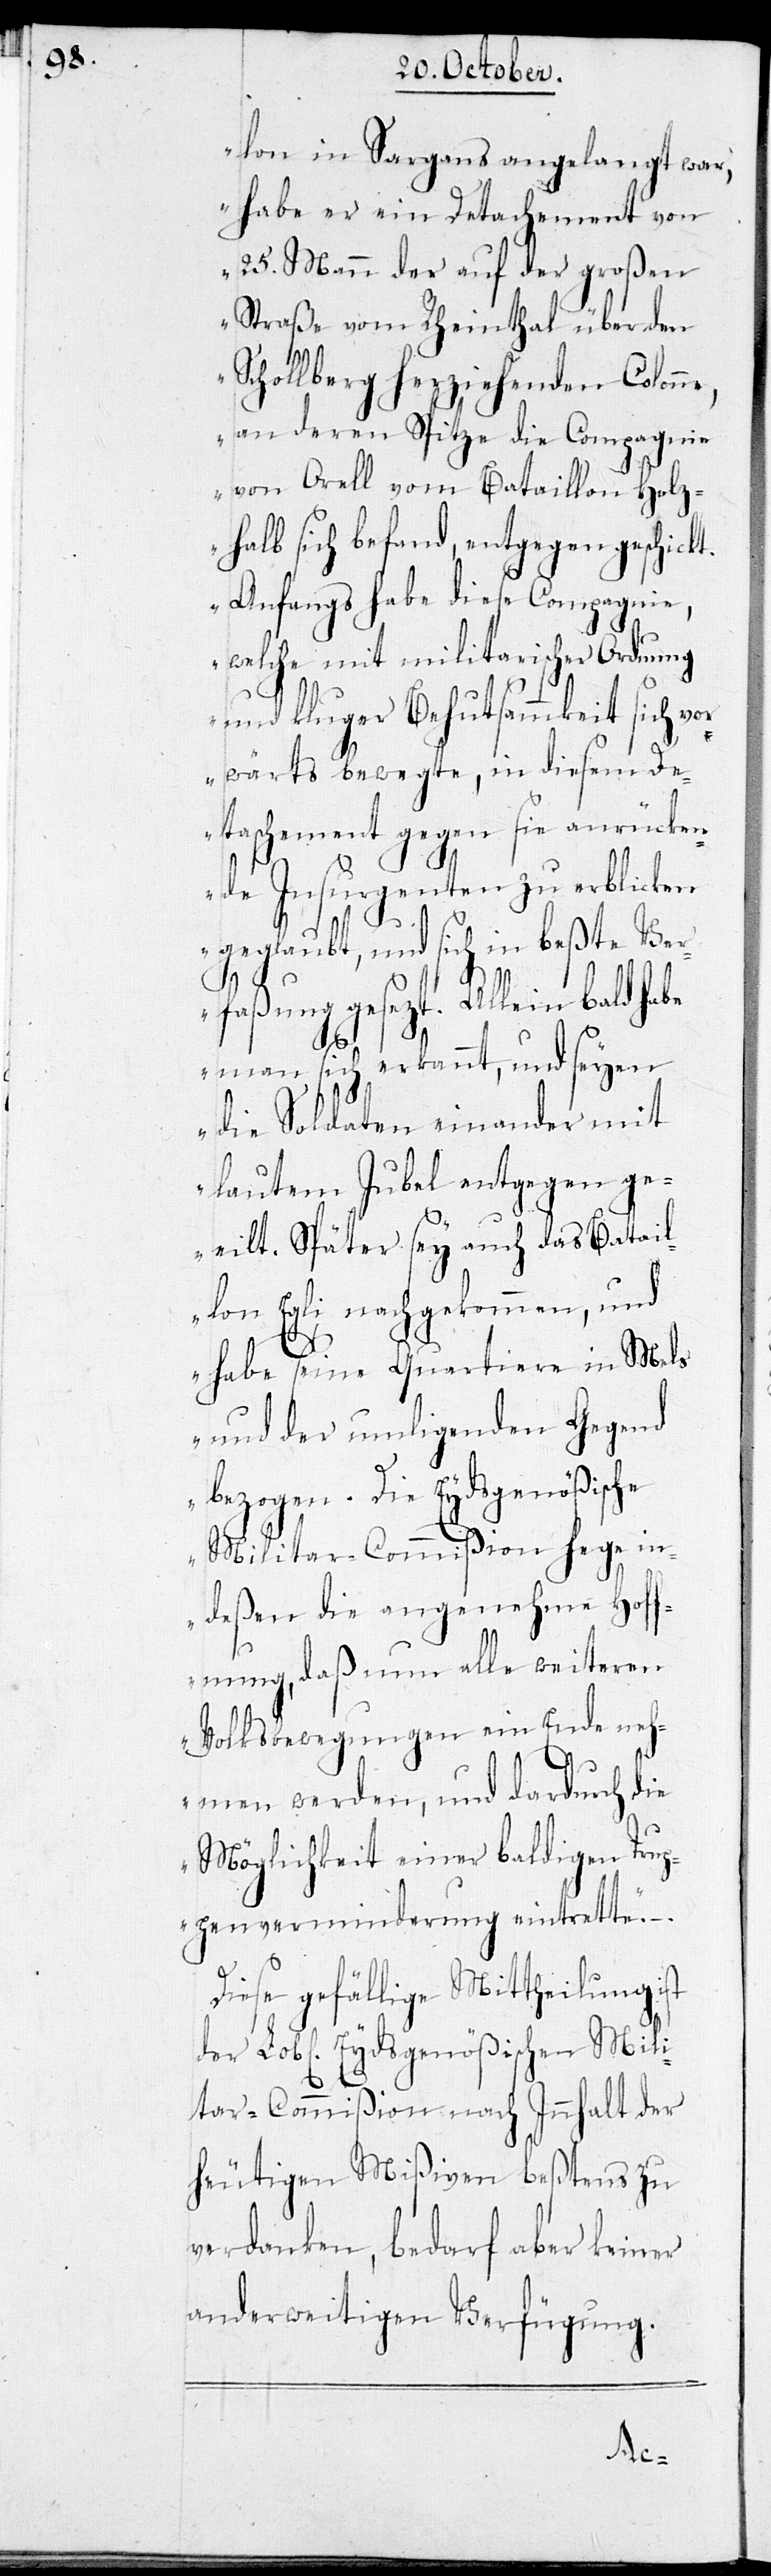
lon in Sargans angelangt war,
habe er ein Detachement von
25. Mann der auf der großen
Straße von Rheinthal über den
Schollberg herziehenden Colonne,
an deren Spitze die Compagnien
von Orell vom Bataillon Holz¬
halb sich befand, entgegen geschickt.
Anfangs habe diese Compagnie,
welche mit militarischer Ordnung
und kluger Behutsamkeit sich vor¬
wärts bewegte, in diesem De¬
taschement gegen sie anrücken¬
de Insurgenten zu erblicken
geglaubt, und sich in beßte Ver¬
faßung gesezt. Allein bald habe
man sich erkannt, und seyen
die Soldaten einander mit
lautem Jubel entgegen ge¬
eilt. Später sey auch das Batail¬
lon Egli nachgekommen, und
habe seine Quartiere in Mels
und der umligenden Gegend
bezogen. Die Eydsgenößische
Militar-Commißion hege in¬
deßen die angenehme Hoff¬
nung, daß nun alle weiteren
Volksbewegungen ein Ende neh¬
men werden, und dardurch die
Möglichkeit einer baldigen Trup¬
penverminderung eintrette“.
Diese gefällige Mittheilung ist
der Lobl. Eydsgenößischen Mili¬
tar-Commißion nach Innhalt der
heutigen Mißiven bestens zu
verdanken, bedarf aber keiner
anderweitigen Verfügung.